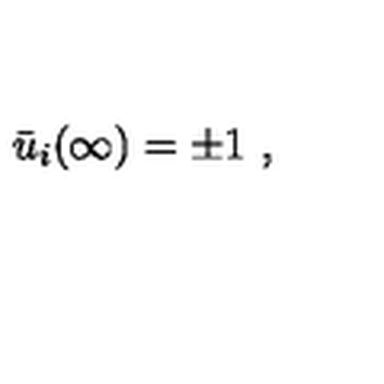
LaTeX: \bar { u } _ { i } ( \infty ) = \pm 1 \ ,